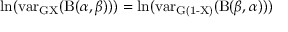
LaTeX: \ln ( \operatorname { v a r _ { G X } } ( \mathrm { B } ( \alpha , \beta ) ) ) = \ln ( \operatorname { v a r _ { G ( 1 - X ) } } ( \mathrm { B } ( \beta , \alpha ) ) )